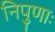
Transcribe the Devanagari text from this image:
निपुणाः